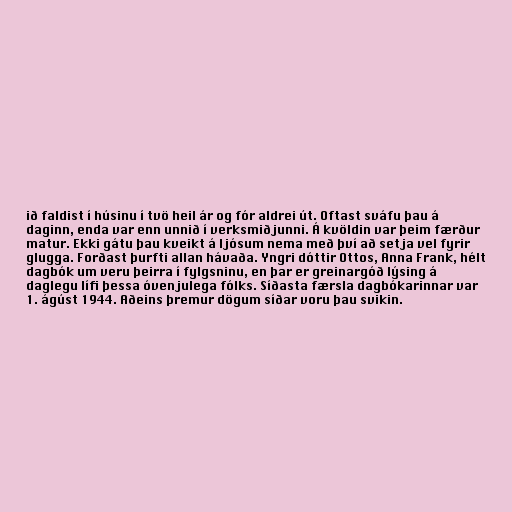
ið faldist í húsinu í tvö heil ár og fór aldrei út. Oftast sváfu þau á
daginn, enda var enn unnið í verksmiðjunni. Á kvöldin var þeim færður
matur. Ekki gátu þau kveikt á ljósum nema með því að setja vel fyrir
glugga. Forðast þurfti allan hávaða. Yngri dóttir Ottos, Anna Frank, hélt
dagbók um veru þeirra í fylgsninu, en þar er greinargóð lýsing á
daglegu lífi þessa óvenjulega fólks. Síðasta færsla dagbókarinnar var
1. ágúst 1944. Aðeins þremur dögum síðar voru þau svikin.